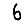
Digit: 6